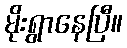
မိုးရွာနေပြီ။